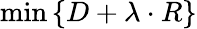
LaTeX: \operatorname*{min}\left\{ D+\lambda\cdot R\right\}